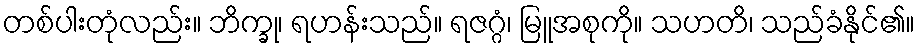
တစ်ပါးတုံလည်း။ ဘိက္ခု၊ ရဟန်းသည်။ ရဇဂ္ဂံ၊ မြူအစုကို။ သဟတိ၊ သည်ခံနိုင်၏။